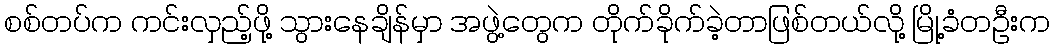
စစ်တပ်က ကင်းလှည့်ဖို့ သွားနေချိန်မှာ အဖွဲ့တွေက တိုက်ခိုက်ခဲ့တာဖြစ်တယ်လို့ မြို့ခံတဦးက